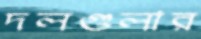
দলগুলার